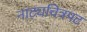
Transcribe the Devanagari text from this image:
नाट्यचित्रपट